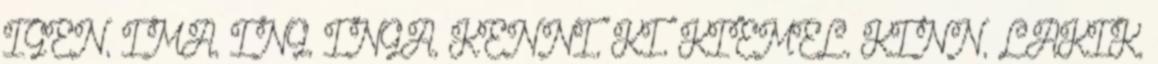
IGEN, IMA, ING, INGA, KENNI, KI, KIEMEL, KINN, LAKIK,